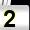
Digit: 2